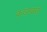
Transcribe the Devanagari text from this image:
कडाकडे